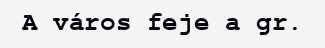
A város feje a gr.